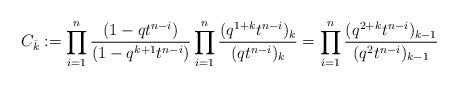
LaTeX: \begin{align*}C_{\bar k}:= \prod_{i=1}^n \dfrac{(1-qt^{n-i} )} {(1-q^{k+1} t^{n-i} )}\prod_{i=1}^n \dfrac{(q^{1+k} t^{n-i})_{k} } { (qt^{n-i} )_{k} } =\prod_{i=1}^n \dfrac{(q^{2+k} t^{n-i})_{k-1} } { (q^2t^{n-i} )_{k-1} } \end{align*}